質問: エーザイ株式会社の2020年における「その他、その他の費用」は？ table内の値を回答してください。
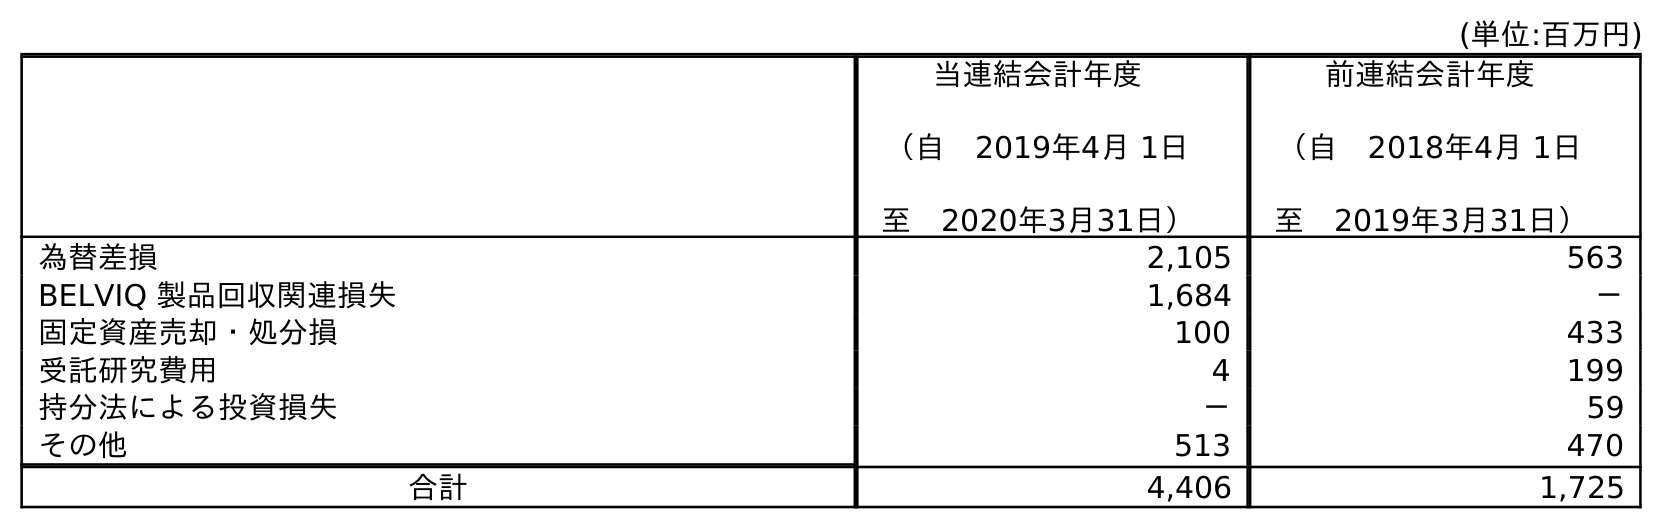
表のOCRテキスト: (単位:百万円) 当連結会計年度 （自 2019年4月 1日 至 2020年3月31日） 前連結会計年度 （自 2018年4月 1日 至 2019年3月31日） 為替差損 2,105 563 BELVIQ 製品回収関連損失 1,684 － 固定資産売却・処分損 100 433 受託研究費用 4 199 持分法による投資損失 － 59 その他 513 470 合計 4,406 1,725
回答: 513